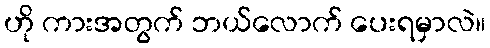
ဟို ကားအတွက် ဘယ်လောက် ပေးရမှာလဲ။